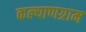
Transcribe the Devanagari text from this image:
कल्याणग्राम